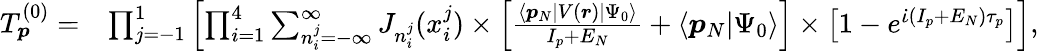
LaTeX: \begin{array}{rl}{T_{\boldsymbol{p}}^{(0)}=}&{\prod_{\substack{j=-1}}^{1}\left[\prod_{\substack{i=1}}^{4}\sum_{n_{i}^{j}=-\infty}^{\infty}J_{n_{i}^{j}}(x_{i}^{j})\times\left[\frac{\langle\boldsymbol{p}_{N}|V(\boldsymbol{r})|\Psi_{0}\rangle}{I_{p}+E_{N}}+\langle\boldsymbol{p}_{N}|\Psi_{0}\rangle\right]\times\left[1-e^{\dot{\iota}(I_{p}+E_{N})\tau_{p}}\right]\right],}\end{array}